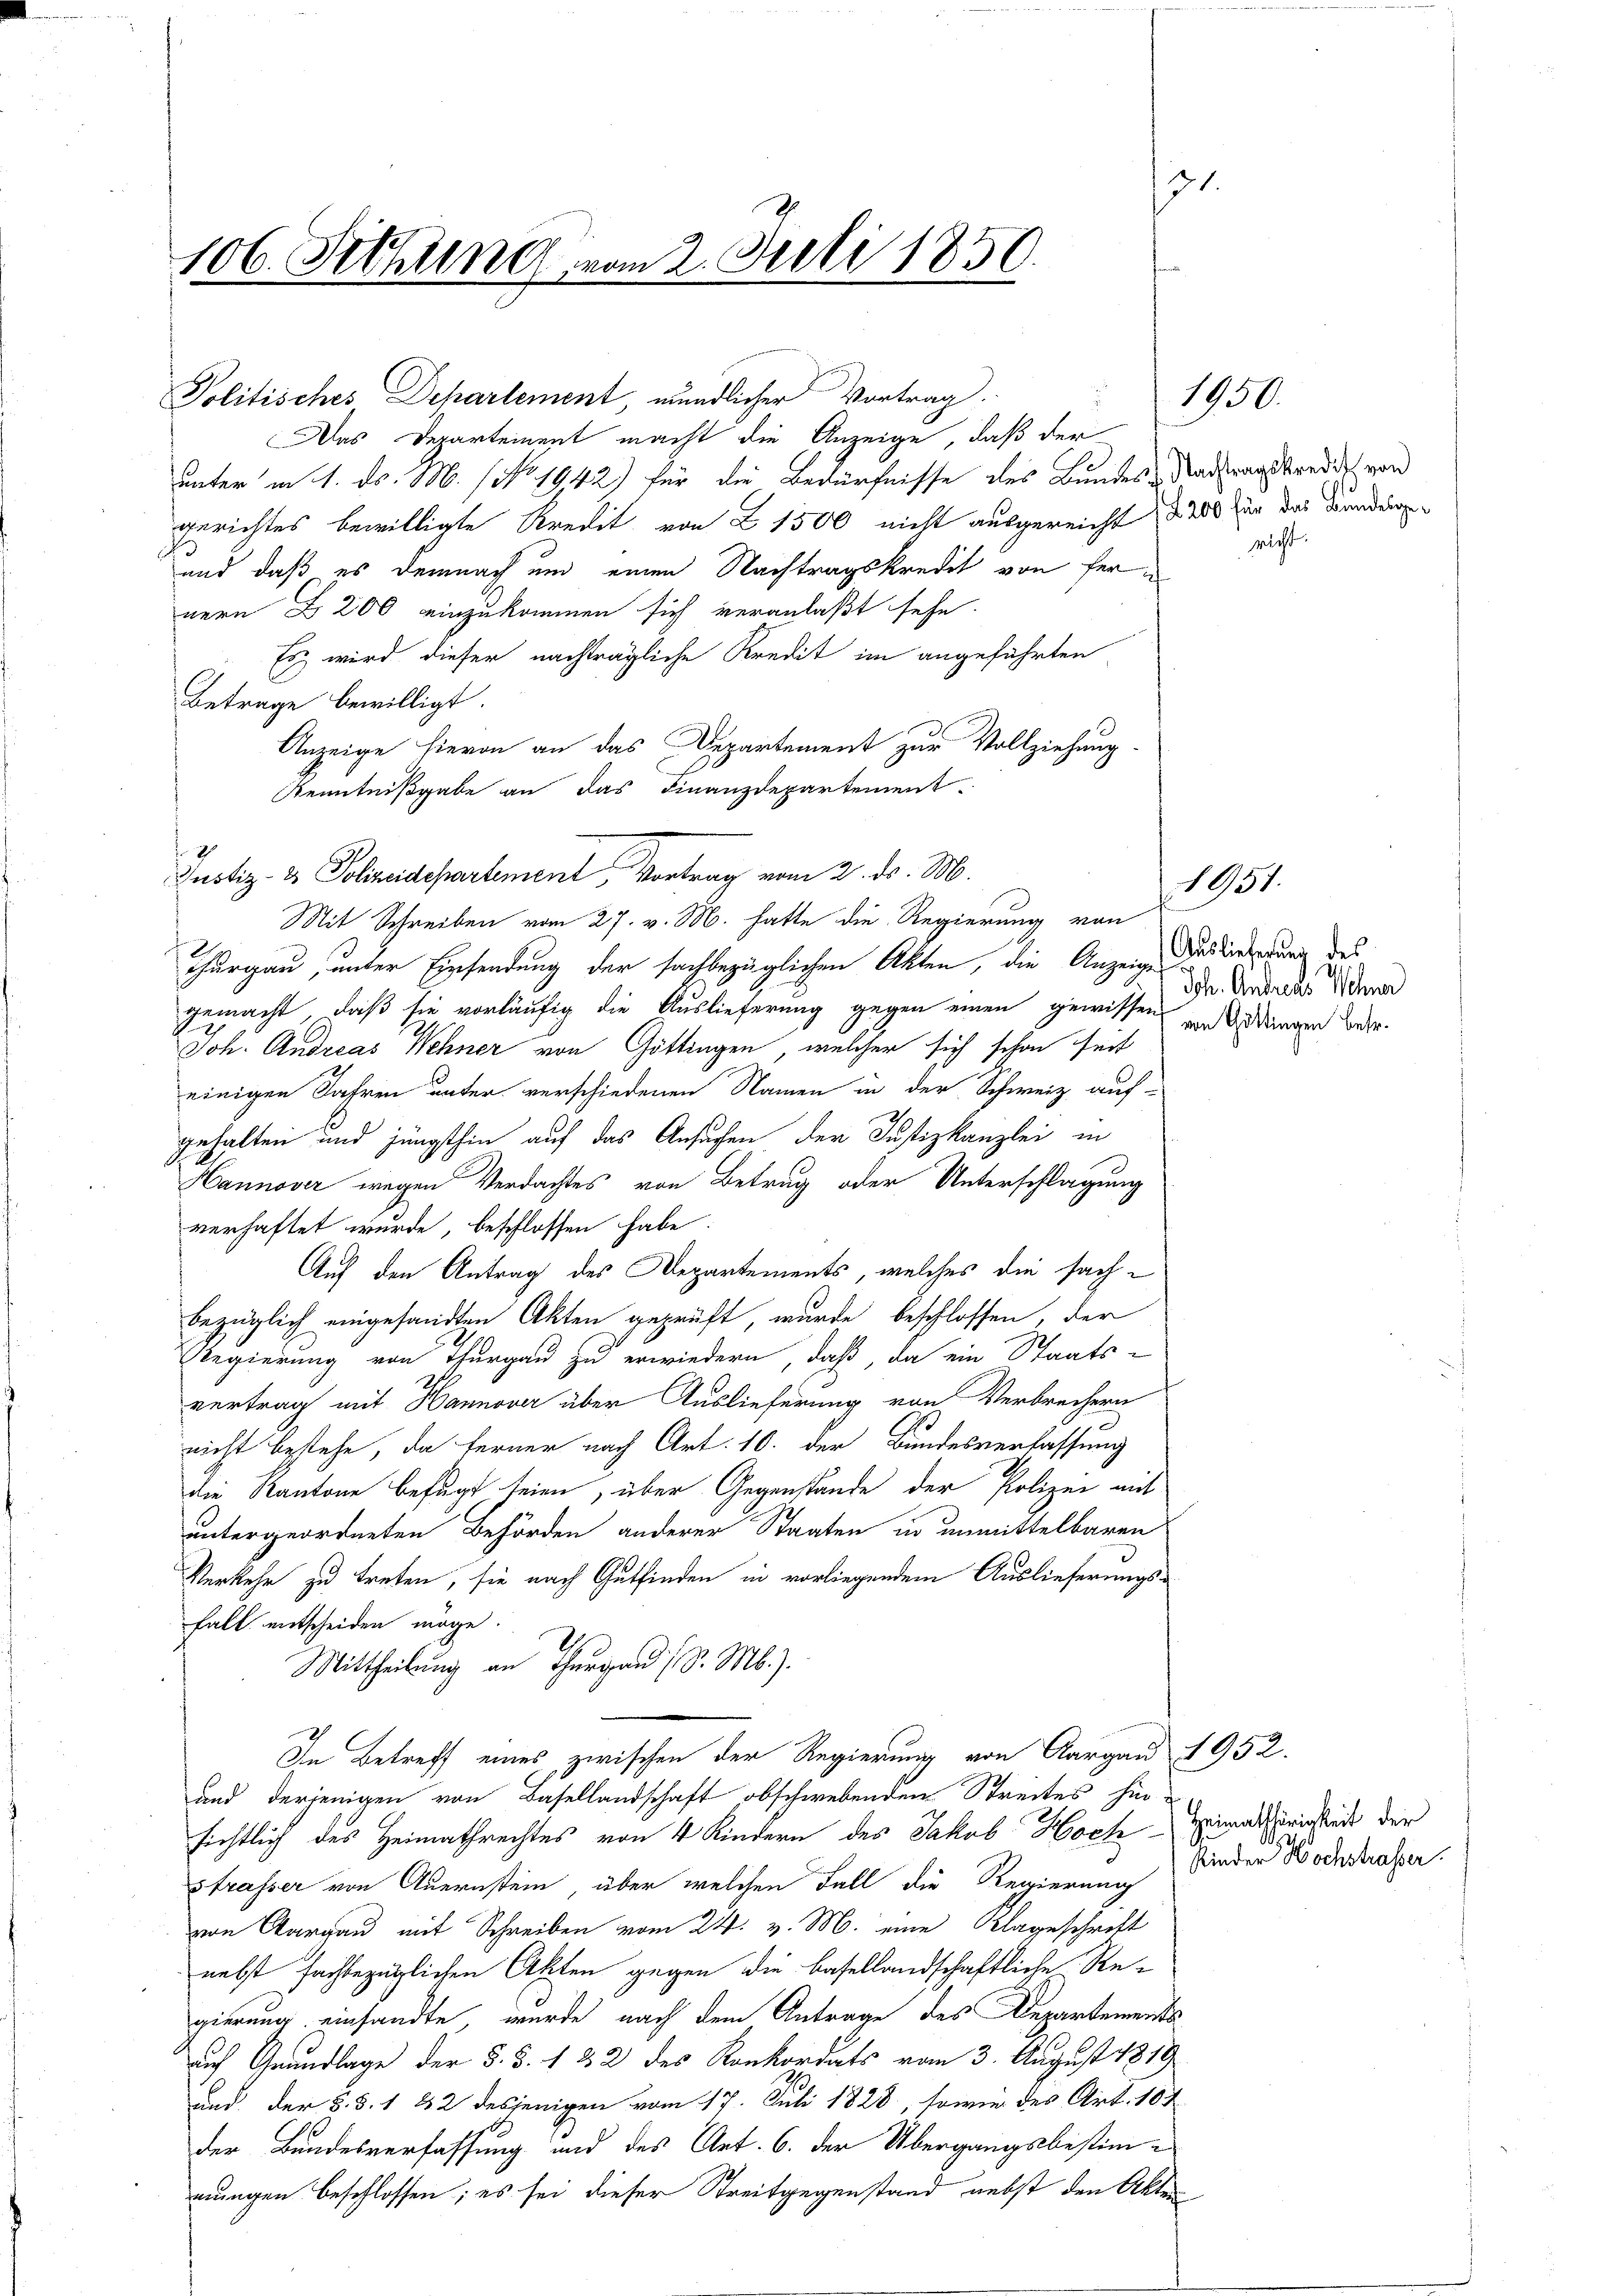
106. Sechung von 2. Juli 1850.

Politisches Departement, mündlicher Vortrag.
Das Derartement macht die Anzeige, daß der
unter in 1. ds. M. (No. 1942) für die Bedürfnisse des Bundes Nachtragskredit von
gerichtes bewilligte Kredit von Z 1500 nicht ausgereicht § 200 für das Bunder
2
und daß es demnach und einen Nachtragskredit von fernern 200 einzukommen sich veranlaßt sehe
Es wird dieser nachträgliche Kredit im angeführten
Betrage bewilligt.
Anzeige hievon an das Departement zur Vollziehung.
Kenntnißgabe an das Finanzdepartement.
Mit Schreiben vom 27. v. M. hatte die Regierung von
Thurgau, unter Einsendung der sachbezüglichen Akten, die Anzeige Bestiret wurde des
gemacht, daß sie vorläufig die Auslieferung gegen einen gewissen und dangen betr.
Joh. Andreas Wehner von Göttingen, welcher sich schon seit
einigen Jahren unter verschiedenen Namen in der Schweiz auf-
gehalten und jüngsthin auf das Ansuchen der Justizkanzlei in
Hannover wegen Verdachtes von Betrug oder Unterschlagung
verhaftet wurde, beschlossen habe.
Auf den Antrag des Departements, welches die sachbezüglich eingesandten Akten geprüft wurde beschlossen, der
Regierung von Thurgau zu erwiedern, daß, da ein Staats-
vertrag mit Hannover über Auslieferung von Verbrechern
nicht bestehe, da ferner nach Art. 10. der Bundesverlassung
Die Kantone befugt seien, über Gegenstände der Polizei mit
untergeordneten Behörden anderer Staaten in unmittelbaren
Verkehr zu treten, sie nach Gutfinden in vorliegendem Auslieferungsfall entscheiden möge.
28.
Mittheilung an Thurgau (S. M.).
In Betreff eines zwischen der Regierung von Aargau 1952.
und derjenigen von Basellandschaft obschwebenden Streites hin-
sichtlich des Heimathrechtes von 4 Kindern des Jakob Hoch Heimathsprichteit der
Strasser von Auernstein, über welchen Fall die Regierung
von Aargau mit Schreiben vom 24. v. M. eine Klageschrift
nebst fachbezüglichen Akten gegen die basellandschaftliche Re-
gierung einsandte, wurde nach dem Antrage des Departements
auch Grundlage der §. §. 132 des Konkordats vom 3. August 1819
und der §. §. 1 22 desjenigen vom 17. Juli 1828, sowie des Art. 10 t
der Bundesverfassung und des Art. 6. der Übergangsbestimnungen beschlossen; es sei dieser Streitgegenstand nebst den Akte

Justiz- & Polizeidepartement, Vortrag vom 2. ds. M.

s

richt.

1950.

1951.

Ich. Andreas Wehner

Kinder Hochstrasser.